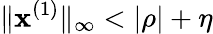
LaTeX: \| \mathbf{x}^{(1)}\| _{\infty}<|\rho|+\eta